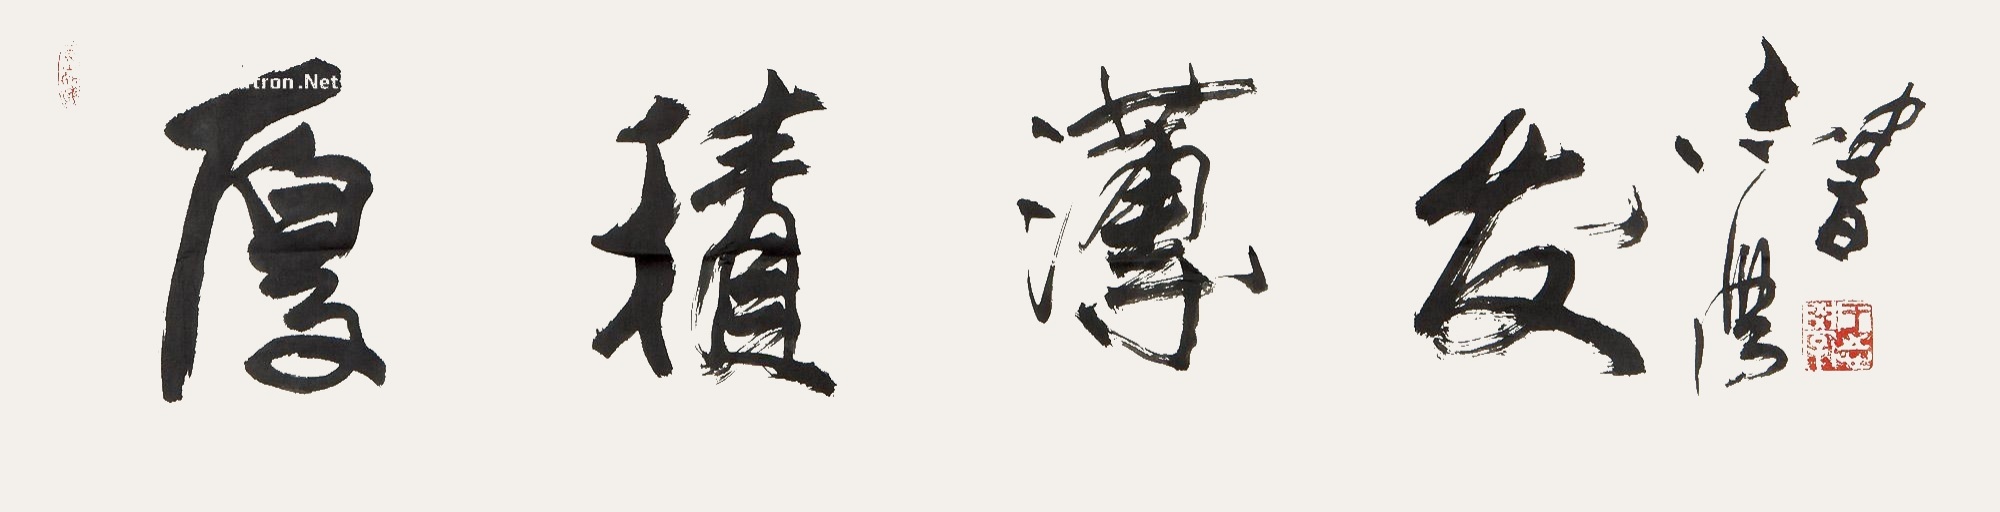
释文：厚积薄发。志学书。